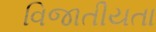
વિજાતીયતા